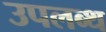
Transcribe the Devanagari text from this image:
उपलब्थ